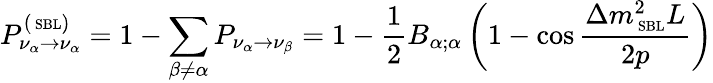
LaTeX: P_{\nu_{\alpha}\rightarrow\nu_{\alpha}}^{(\mathrm{\scriptsize~SBL})}=1-\sum_{\beta\neq\alpha}P_{\nu_{\alpha}\rightarrow\nu_{\beta}}=1-\frac{1}{2}B_{\alpha;\alpha}\left(1-\cos\frac{\Delta{m}_{\mathrm{\scriptsize~SBL}}^{2}L}{2p}\right)